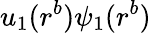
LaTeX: u_{1}(r^{b})\psi_{1}(r^{b})